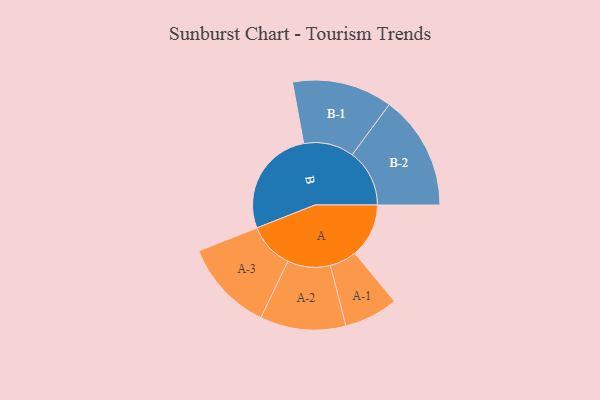
{"axis": {"x": "Segment", "y": "Value"}, "legend": ["", "A", "B"], "data": [{"x": "A", "y": 212, "type": ""}, {"x": "B", "y": 425, "type": ""}, {"x": "A-1", "y": 106, "type": "A"}, {"x": "A-2", "y": 168, "type": "A"}, {"x": "A-3", "y": 180, "type": "A"}, {"x": "B-1", "y": 197, "type": "B"}, {"x": "B-2", "y": 225, "type": "B"}]}